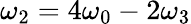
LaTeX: \omega_{2}=4\omega_{0}-2\omega_{3}